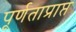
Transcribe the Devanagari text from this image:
पूर्णताप्राप्त